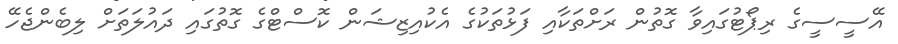
އޭސީސީގެ ރިޕޯޓުގައިވާ ގޮތުން ރަށްތަކާއި ފަޅުތަކުގެ އެކުއިޒިޝަން ކޮސްޓްގެ ގޮތުގައި ދައުލަތަށް ލިބެންޖެހޭ